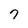
Character: 7